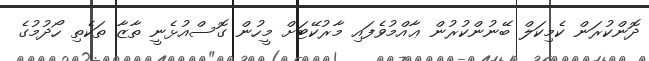
ދޮންކުރަން ކެމިކަލް ބޭނުންކުރުން ޢާއްމުވެފައި މާރުކޭޓަށް މީހުން ގޮސްއުޅެނީ ތާޒާ ތަކެތި ހޯދުމުގެ